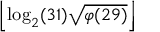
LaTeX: \left\lfloor \log _ { 2 } ( 3 1 ) { \sqrt { \varphi ( 2 9 ) } } \right\rfloor